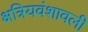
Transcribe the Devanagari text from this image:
क्षत्रियवंशावली